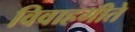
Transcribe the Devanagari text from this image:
विवाहगीते